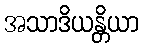
အသာဒိယန္တိယာ